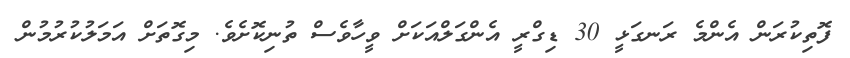
ފޮތިކުރަން އެންމެ ރަނގަޅީ 30 ޑިގްރީ އެންގަލްއަކަށް ވީހާވެސް ތުނިކޮށެވެ. މިގޮތަށް އަމަލުކުރުމުން